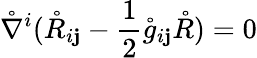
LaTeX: \mathring{\nabla}^{i}(\mathring{R}_{i\mathbf{j}}-\frac{1}{2}\mathring{g}_{i\mathbf{j}}\mathring{R})=0